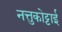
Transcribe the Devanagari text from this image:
नत्तुकोट्टाई